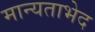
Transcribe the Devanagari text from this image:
मान्यताभेद